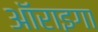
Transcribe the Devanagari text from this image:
ऑराइगा